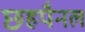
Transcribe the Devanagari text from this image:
छहपैनल